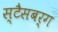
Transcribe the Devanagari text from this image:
स्टैसबर्ग